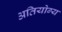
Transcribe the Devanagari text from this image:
अतियोग्य